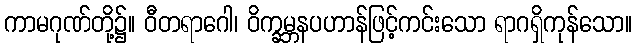
ကာမဂုဏ်တို့၌။ ဝီတရာဂေါ၊ ဝိက္ခမ္ဘနပဟာန်ဖြင့်ကင်းသော ရာဂရှိကုန်သော။